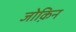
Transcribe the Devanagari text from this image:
जोक़िन